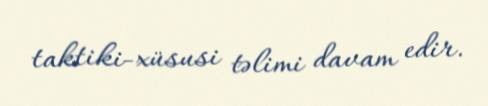
taktiki-xüsusi təlimi davam edir.